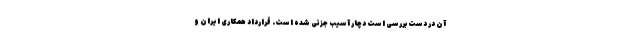
آن در دست بررسی است دچار آسیب جزئی شده است. قرارداد همکاری ایران و